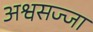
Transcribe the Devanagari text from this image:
अश्वसज्जा